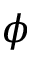
\phi